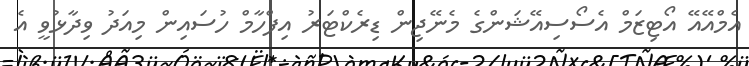
އެމްއޭއޭ އޯޓިޒަމް އެސޯސިއޭޝަންގެ މެނޭޖިން ޑިރެކްޓަރު އިފްހާމް ހުސައިން މިއަދު ވިދާޅުވީ އެ